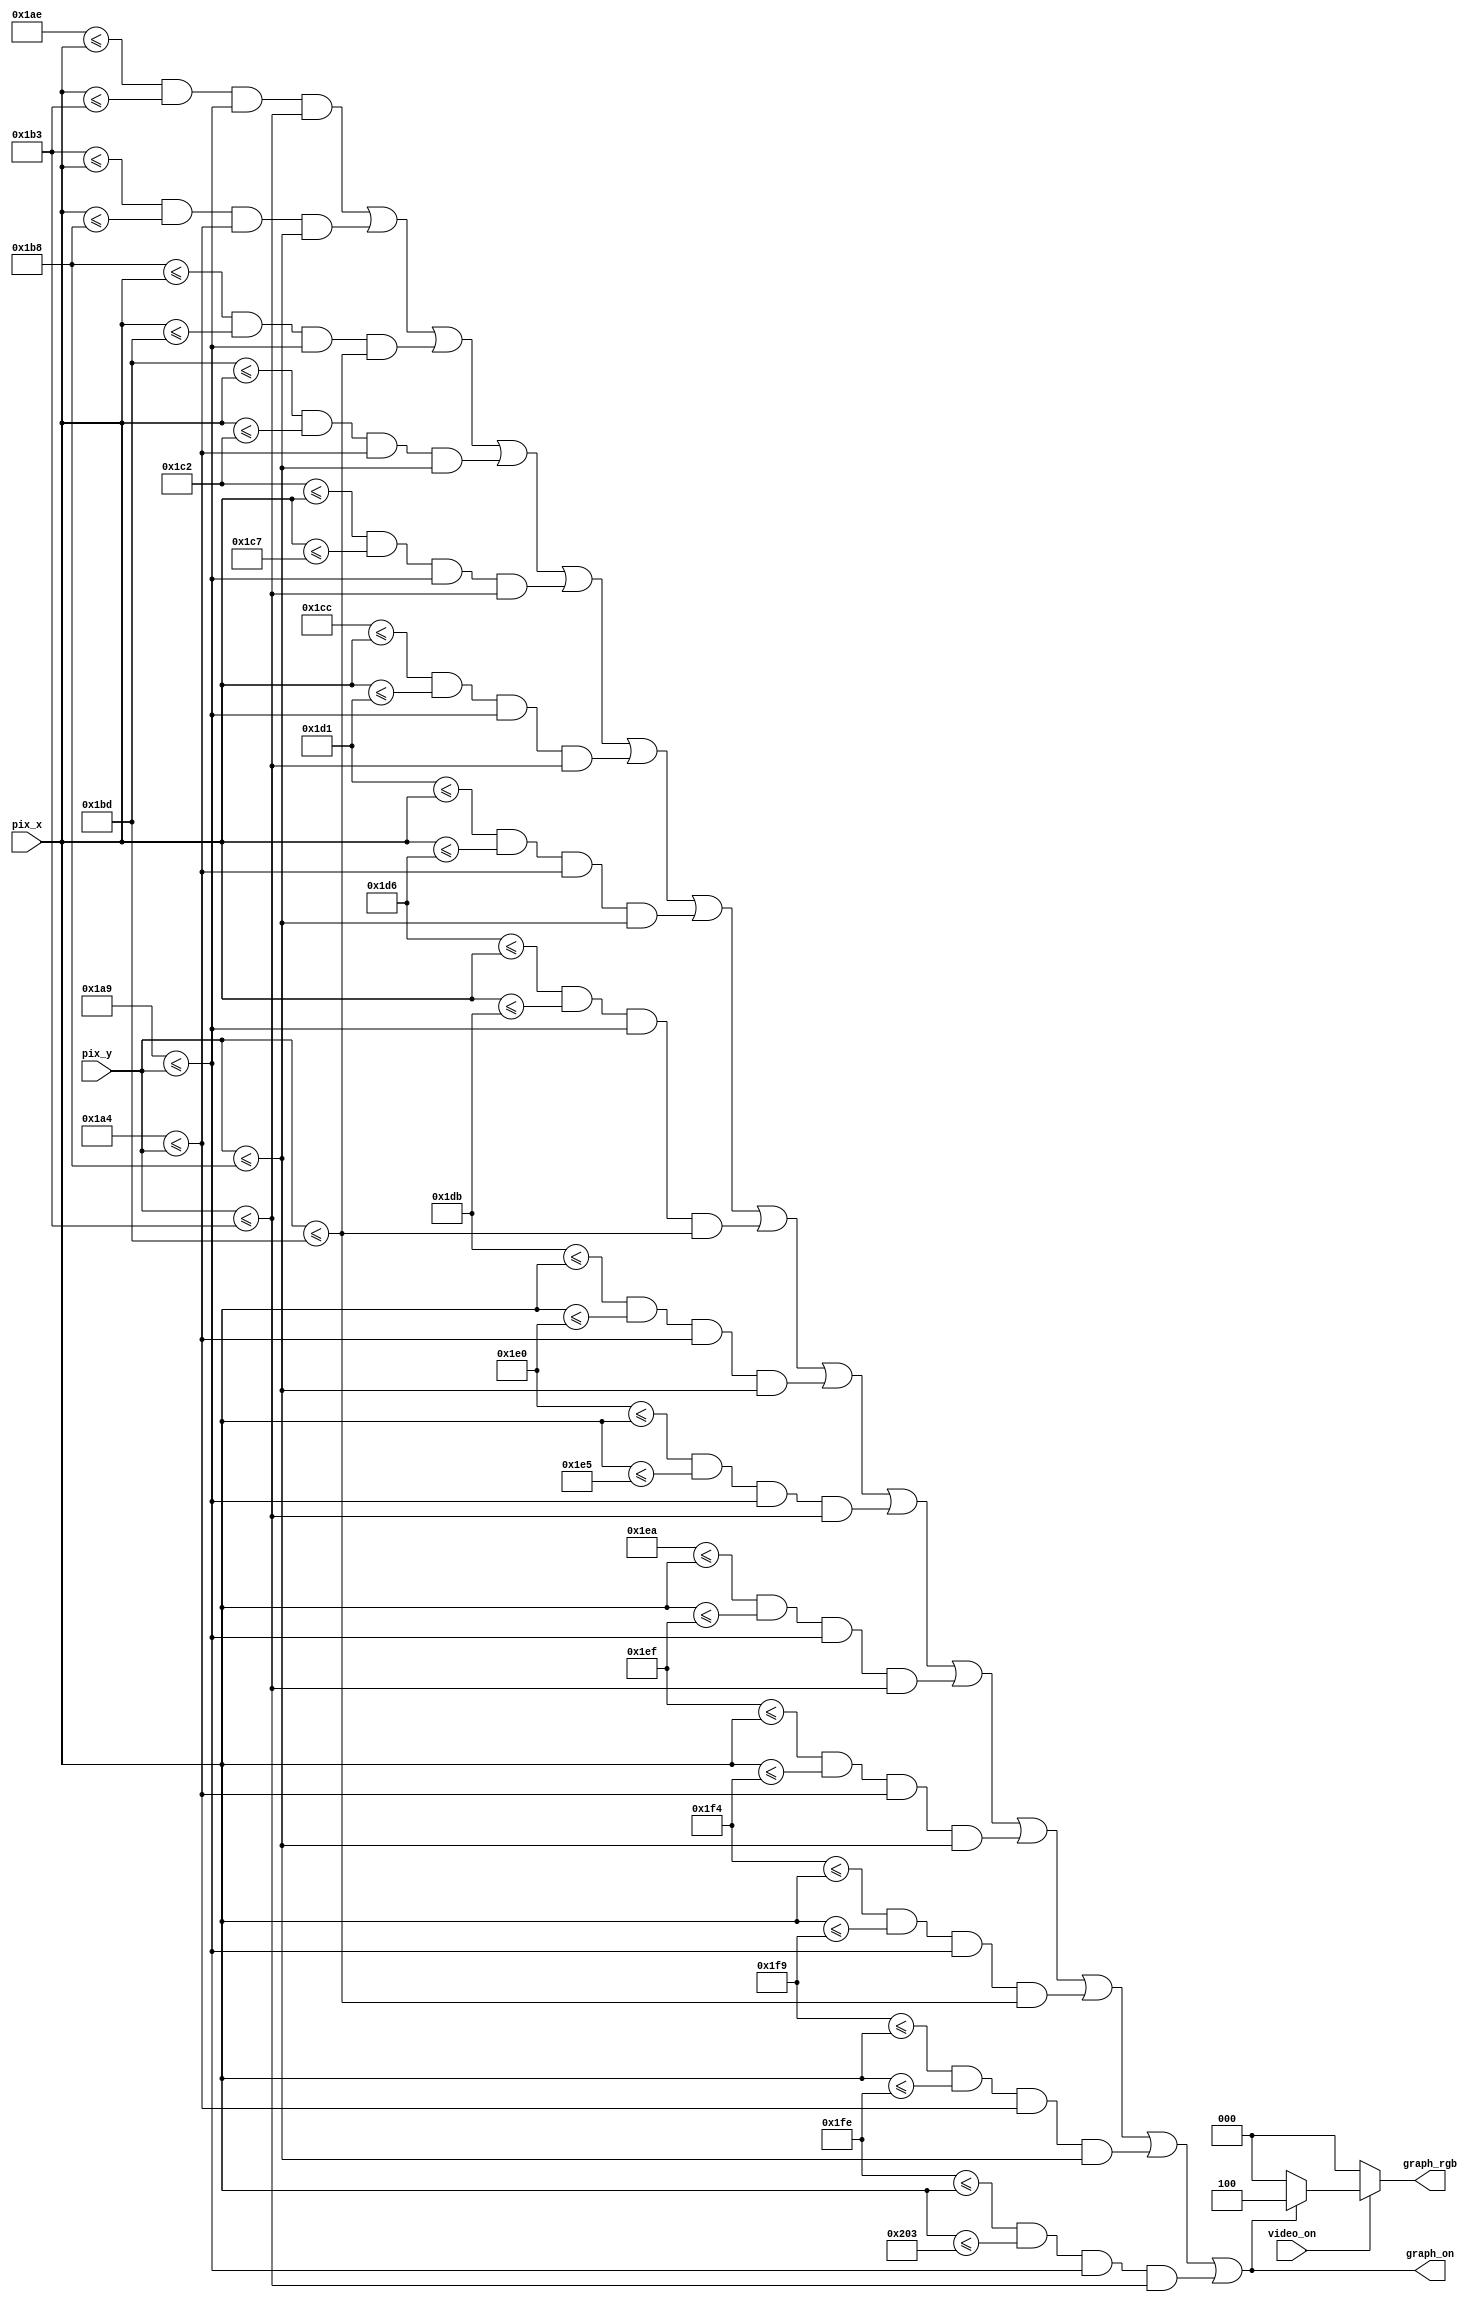
`timescale 1ns / 1ps
//////////////////////////////////////////////////////////////////////////////////
// Company: 
// 
// Design Name: 
// Module Name: Generador_3_vidas
// Project Name: 
// Target Devices: 
// Tool Versions: 
// Description: 
// 
// Dependencies: 
// 
// Revision:
// Revision 0.01 - File Created
// Additional Comments:
// 
//////////////////////////////////////////////////////////////////////////////////


module Generador_3_vidas(
    input wire video_on,
    input wire [9:0] pix_x, pix_y,
    output reg [2:0] graph_rgb,
    output wire graph_on
    );
    
    //-------------Corazon 1----------------------------
    //--------------------------------------------
    //         BARRA 1 vertical corazon1
    //--------------------------------------------
    // bar left, right boundary
    localparam ONE_BAR_X_L = 430;//
    localparam ONE_BAR_X_R = 435;//
    // bar top, bottom boundary
    localparam ONE_BAR_Y_T = 425; //204
    localparam ONE_BAR_Y_B = 435;
    //--------------------------------------------
    //         BARRA 2 vertical corazon1
    //--------------------------------------------
    // bar left, right boundary
    localparam TWO_BAR_X_L = 435;
    localparam TWO_BAR_X_R = 440;
    // bar top, bottom boundary
    localparam TWO_BAR_Y_T = 420; //204
    localparam TWO_BAR_Y_B = 440;
    //--------------------------------------------
    //            BARRA 3 vertical corazon1
    //--------------------------------------------
    // bar left, right boundary
    localparam THREE_BAR_X_L = 440;
    localparam THREE_BAR_X_R = 445;
    // bar top, bottom boundary
    localparam THREE_BAR_Y_T = 425; //204
    localparam THREE_BAR_Y_B = 445;
    //--------------------------------------------
    //         BARRA 4 vertical  corazon1
    //--------------------------------------------
    // bar left, right boundary
    localparam FOUR_BAR_X_L = 445;
    localparam FOUR_BAR_X_R = 450;
    // bar top, bottom boundary
    localparam FOUR_BAR_Y_T = 420; //204
    localparam FOUR_BAR_Y_B = 440;
    //--------------------------------------------
    //           BARRA 5 vertical   corazon1
    //--------------------------------------------
    // bar left, right boundary
    localparam FIVE_BAR_X_L = 450;
    localparam FIVE_BAR_X_R = 455;
    // bar top, bottom boundary
    localparam FIVE_BAR_Y_T = 425; //204
    localparam FIVE_BAR_Y_B = 435;
    
    //-------------Corazon 2----------------------------
    //--------------------------------------------
    //           BARRA 1 vertical corazon2
    //--------------------------------------------
    // bar left, right boundary
    localparam ONESD_BAR_X_L = 460;//
    localparam ONESD_BAR_X_R = 465;//
    // bar top, bottom boundary
    localparam ONESD_BAR_Y_T = 425; //204
    localparam ONESD_BAR_Y_B = 435;
    //--------------------------------------------
    //         BARRA 2 vertical corazon2
    //--------------------------------------------
    // bar left, right boundary
    localparam TWOSD_BAR_X_L = 465;
    localparam TWOSD_BAR_X_R = 470;
    // bar top, bottom boundary
    localparam TWOSD_BAR_Y_T = 420; //204
    localparam TWOSD_BAR_Y_B = 440;
    //--------------------------------------------
    //            BARRA 3 vertical corazon2
    //--------------------------------------------
    // bar left, right boundary
    localparam THREESD_BAR_X_L = 470;
    localparam THREESD_BAR_X_R = 475;
    // bar top, bottom boundary
    localparam THREESD_BAR_Y_T = 425; //204
    localparam THREESD_BAR_Y_B = 445;
    //--------------------------------------------
    //         BARRA 4 vertical corazon2
    //--------------------------------------------
    // bar left, right boundary
    localparam FOURSD_BAR_X_L = 475;
    localparam FOURSD_BAR_X_R = 480;
    // bar top, bottom boundary
    localparam FOURSD_BAR_Y_T = 420; //204
    localparam FOURSD_BAR_Y_B = 440;
    // object output signals
    //--------------------------------------------
    //           BARRA 5 vertical corazon2
    //--------------------------------------------
    // bar left, right boundary
    localparam FIVESD_BAR_X_L = 480;
    localparam FIVESD_BAR_X_R = 485;
    // bar top, bottom boundary
    localparam FIVESD_BAR_Y_T = 425; //204
    localparam FIVESD_BAR_Y_B = 435;
    //--------------------------------------------
    
    //-------------Corazon 3----------------------------
    //--------------------------------------------
    //           BARRA 1 vertical corazon3
    //--------------------------------------------
    // bar left, right boundary
    localparam ONETH_BAR_X_L = 490;//
    localparam ONETH_BAR_X_R = 495;//
    // bar top, bottom boundary
    localparam ONETH_BAR_Y_T = 425; //204
    localparam ONETH_BAR_Y_B = 435;
    //--------------------------------------------
    //         BARRA 2 vertical corazon3
    //--------------------------------------------
    // bar left, right boundary
    localparam TWOTH_BAR_X_L = 495;
    localparam TWOTH_BAR_X_R = 500;
    // bar top, bottom boundary
    localparam TWOTH_BAR_Y_T = 420; //204
    localparam TWOTH_BAR_Y_B = 440;
    //--------------------------------------------
    //            BARRA 3 vertical corazon3
    //--------------------------------------------
    // bar left, right boundary
    localparam THREETH_BAR_X_L = 500;
    localparam THREETH_BAR_X_R = 505;
    // bar top, bottom boundary
    localparam THREETH_BAR_Y_T = 425; //204
    localparam THREETH_BAR_Y_B = 445;
    //--------------------------------------------
    //         BARRA 4 vertical corazon3
    //--------------------------------------------
    // bar left, right boundary
    localparam FOURTH_BAR_X_L = 505;
    localparam FOURTH_BAR_X_R = 510;
    // bar top, bottom boundary
    localparam FOURTH_BAR_Y_T = 420; //204
    localparam FOURTH_BAR_Y_B = 440;
    // object output signals
    //--------------------------------------------
    //           BARRA 5 vertical corazon3
    //--------------------------------------------
    // bar left, right boundary
    localparam FIVETH_BAR_X_L = 510;
    localparam FIVETH_BAR_X_R = 515;
    // bar top, bottom boundary
    localparam FIVETH_BAR_Y_T = 425; //204
    localparam FIVETH_BAR_Y_B = 435;
    // object output signals
    wire one_bar_on, two_bar_on, three_bar_on, four_bar_on, five_bar_on, onesd_bar_on, twosd_bar_on, threesd_bar_on, foursd_bar_on, fivesd_bar_on,oneth_bar_on, twoth_bar_on, threeth_bar_on, fourth_bar_on, fiveth_bar_on;
    wire [2:0] one_bar_rgb, two_bar_rgb, three_bar_rgb, four_bar_rgb, five_bar_rgb, onesd_bar_rgb, twosd_bar_rgb, threesd_bar_rgb, foursd_bar_rgb, fivesd_bar_rgb, oneth_bar_rgb, twoth_bar_rgb, threeth_bar_rgb, fourth_bar_rgb, fiveth_bar_rgb  ;
    //-------------CORAZON 1----------------------------
    //--------------------------------------------
    //           BARRA 1 horizontal corazon1
    //--------------------------------------------    // pixel within bar
    assign one_bar_on = (ONE_BAR_X_L<=pix_x) && (pix_x<=ONE_BAR_X_R) &&
                   (ONE_BAR_Y_T<=pix_y) && (pix_y<=ONE_BAR_Y_B);
    //--------------------------------------------
    //         BARRA 2 vertical corazon1
    //--------------------------------------------
    // pixel within bar
    assign two_bar_on = (TWO_BAR_X_L<=pix_x) && (pix_x<=TWO_BAR_X_R) &&
                   (TWO_BAR_Y_T<=pix_y) && (pix_y<=TWO_BAR_Y_B);
    //--------------------------------------------
    //            BARRA 3 horizontal corazon1
    //--------------------------------------------
    // pixel within bar
    assign three_bar_on = (THREE_BAR_X_L<=pix_x) && (pix_x<=THREE_BAR_X_R) &&
                   (THREE_BAR_Y_T<=pix_y) && (pix_y<=THREE_BAR_Y_B);
    //--------------------------------------------
    //         BARRA 4 vertical corazon1
    //--------------------------------------------
    // pixel within bar
    assign four_bar_on = (FOUR_BAR_X_L<=pix_x) && (pix_x<=FOUR_BAR_X_R) &&
                   (FOUR_BAR_Y_T<=pix_y) && (pix_y<=FOUR_BAR_Y_B);
    //--------------------------------------------
    //           BARRA 5 horizontal corazon 1
    //--------------------------------------------
    // pixel within bar
    assign five_bar_on = (FIVE_BAR_X_L<=pix_x) && (pix_x<=FIVE_BAR_X_R) &&
                   (FIVE_BAR_Y_T<=pix_y) && (pix_y<=FIVE_BAR_Y_B);
    //-------------CORAZON 2----------------------------
    
    //--------------------------------------------
    //           BARRA 1 horizontal
    //--------------------------------------------    // pixel within bar
    assign onesd_bar_on = (ONESD_BAR_X_L<=pix_x) && (pix_x<=ONESD_BAR_X_R) &&
                   (ONESD_BAR_Y_T<=pix_y) && (pix_y<=ONESD_BAR_Y_B);
    //--------------------------------------------
    //         BARRA 2 vertical
    //--------------------------------------------
    // pixel within bar
    assign twosd_bar_on = (TWOSD_BAR_X_L<=pix_x) && (pix_x<=TWOSD_BAR_X_R) &&
                   (TWOSD_BAR_Y_T<=pix_y) && (pix_y<=TWOSD_BAR_Y_B);
    //--------------------------------------------
    //            BARRA 3 horizontal 
    //--------------------------------------------
    // pixel within bar
    assign threesd_bar_on = (THREESD_BAR_X_L<=pix_x) && (pix_x<=THREESD_BAR_X_R) &&
                   (THREESD_BAR_Y_T<=pix_y) && (pix_y<=THREESD_BAR_Y_B);
    //--------------------------------------------
    //         BARRA 4 vertical
    //--------------------------------------------
    // pixel within bar
    assign foursd_bar_on = (FOURSD_BAR_X_L<=pix_x) && (pix_x<=FOURSD_BAR_X_R) &&
                   (FOURSD_BAR_Y_T<=pix_y) && (pix_y<=FOURSD_BAR_Y_B);
    //--------------------------------------------
    //           BARRA 5 horizontal
    //--------------------------------------------
    // pixel within bar
    assign fivesd_bar_on = (FIVESD_BAR_X_L<=pix_x) && (pix_x<=FIVESD_BAR_X_R) &&
                   (FIVESD_BAR_Y_T<=pix_y) && (pix_y<=FIVESD_BAR_Y_B);
    
    //-------------CORAZON 3----------------------------
    
    //--------------------------------------------
    //           BARRA 1 horizontal
    //--------------------------------------------    // pixel within bar
    assign oneth_bar_on = (ONETH_BAR_X_L<=pix_x) && (pix_x<=ONETH_BAR_X_R) &&
                   (ONETH_BAR_Y_T<=pix_y) && (pix_y<=ONETH_BAR_Y_B);
    //--------------------------------------------
    //         BARRA 2 vertical
    //--------------------------------------------
    // pixel within bar
    assign twoth_bar_on = (TWOTH_BAR_X_L<=pix_x) && (pix_x<=TWOTH_BAR_X_R) &&
                   (TWOTH_BAR_Y_T<=pix_y) && (pix_y<=TWOTH_BAR_Y_B);
    //--------------------------------------------
    //            BARRA 3 horizontal 
    //--------------------------------------------
    // pixel within bar
    assign threeth_bar_on = (THREETH_BAR_X_L<=pix_x) && (pix_x<=THREETH_BAR_X_R) &&
                   (THREETH_BAR_Y_T<=pix_y) && (pix_y<=THREETH_BAR_Y_B);
    //--------------------------------------------
    //         BARRA 4 vertical
    //--------------------------------------------
    // pixel within bar
    assign fourth_bar_on = (FOURTH_BAR_X_L<=pix_x) && (pix_x<=FOURTH_BAR_X_R) &&
                   (FOURTH_BAR_Y_T<=pix_y) && (pix_y<=FOURTH_BAR_Y_B);
    //--------------------------------------------
    //           BARRA 5 horizontal
    //--------------------------------------------
    // pixel within bar
    assign fiveth_bar_on = (FIVETH_BAR_X_L<=pix_x) && (pix_x<=FIVETH_BAR_X_R) &&
                   (FIVETH_BAR_Y_T<=pix_y) && (pix_y<=FIVETH_BAR_Y_B);
    
    
    assign graph_on = (one_bar_on)||(two_bar_on)||(three_bar_on)||(four_bar_on)||(five_bar_on)||(onesd_bar_on)||(twosd_bar_on)||(threesd_bar_on)||(foursd_bar_on)||(fivesd_bar_on)||(oneth_bar_on)||(twoth_bar_on)||(threeth_bar_on)||(fourth_bar_on)||(fiveth_bar_on);
    
    always @*
      if (~video_on)
         graph_rgb = 3'b000; 
      else
         if (graph_on)
            graph_rgb = 3'b100; 
         else
            graph_rgb = 3'b000; 

endmodule